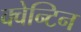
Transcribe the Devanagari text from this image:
क्वेन्टिन